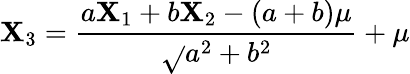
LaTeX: \mathbf{X}_{3}={\frac{{a\mathbf{X}_{1}+b\mathbf{X}_{2}-(a+b)\mu}}{{\sqrt{}{{a^{2}+b^{2}}}}}}+\mu